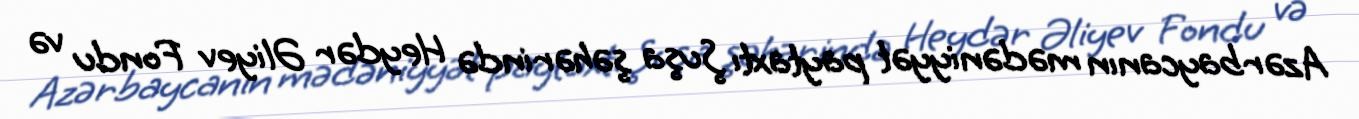
Azərbaycanın mədəniyyət paytaxtı Şuşa şəhərində Heydər Əliyev Fondu və